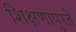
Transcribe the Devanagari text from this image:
शिक्षणापुरते